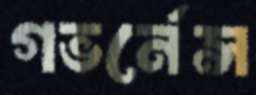
গভর্নেন্স